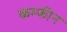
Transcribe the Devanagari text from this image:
कम्फीन